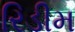
રિડીમ